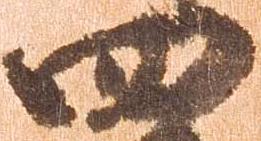
四